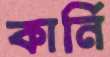
কার্নি